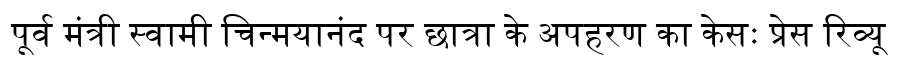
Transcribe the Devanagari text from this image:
पूर्व मंत्री स्वामी चिन्मयानंद पर छात्रा के अपहरण का केसः प्रेस रिव्यू